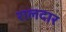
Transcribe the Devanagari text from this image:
रालदार